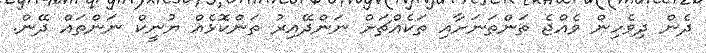
ދެން ދިވެހިން ވެއްޖެ ތަންތަނަށާއި ތަކެއްޗަށް ނަންދޭއިރު ތަންކޮޅެއް ޔުނީކް ނަންތައް ދޭން.